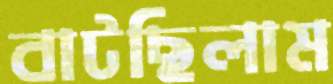
বাটছিলাম